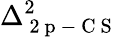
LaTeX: \Delta_{\mathrm{~2~p~-~C~S~}}^{2}